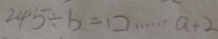
2 4 5 \div b = \square \cdots a + 2